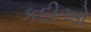
કદીઓ